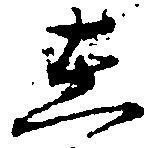
在